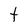
Character: t